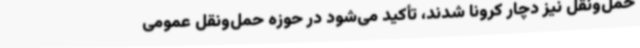
حمل‌ونقل نیز دچار کرونا شدند، تأکید می‌شود در حوزه حمل‌ونقل عمومی